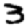
Digit: 3